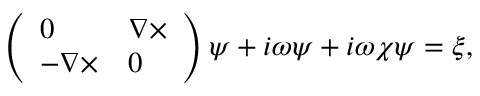
\left( \begin{array} { l l } { 0 } & { \nabla \times } \\ { - \nabla \times } & { 0 } \end{array} \right) \psi + i \omega \psi + i \omega \chi \psi = \xi ,